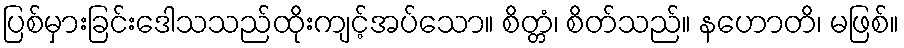
ပြစ်မှားခြင်းဒေါသသည်ထိုးကျင့်အပ်သော။ စိတ္တံ၊ စိတ်သည်။ နဟောတိ၊ မဖြစ်။